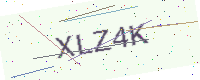
Text: XLZ4K